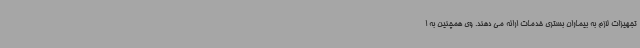
تجهیزات لازم به بیماران بستری خدمات ارائه می دهند. وی همچنین به ا